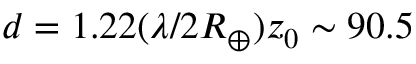
d = 1 . 2 2 ( \lambda / 2 R _ { \oplus } ) z _ { 0 } \sim 9 0 . 5